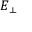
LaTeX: { \boldsymbol { E } } _ { \perp }